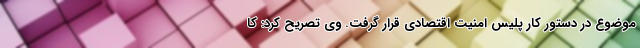
موضوع در دستور کار پلیس امنیت اقتصادی قرار گرفت. وی تصریح کرد: کا